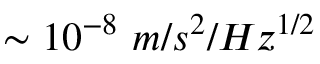
\sim 1 0 ^ { - 8 } \ m / s ^ { 2 } / H z ^ { 1 / 2 }